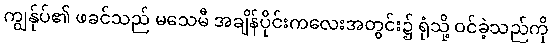
ကျွန်ုပ်၏ ဖခင်သည် မသေမီ အချိန်ပိုင်းကလေးအတွင်း၌ ရုံသို့ ဝင်ခဲ့သည်ကို